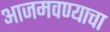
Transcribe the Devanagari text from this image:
आजमवण्याचा